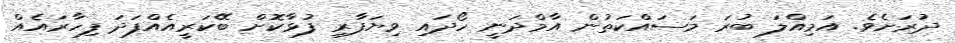
ދުރަށެވެ. އަމިއްލަ ބުރަ މަސައްކަތުން އާމްދަނީ ހޯދައި ވިޔަފާރި ފުޅާކޮށް ބޭކަރީއެއްފަދަ ފިހާރައެއް